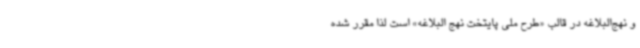
و نهج‌البلاغه در قالب «طرح ملی پایتخت نهج البلاغه» است لذا مقرر شده